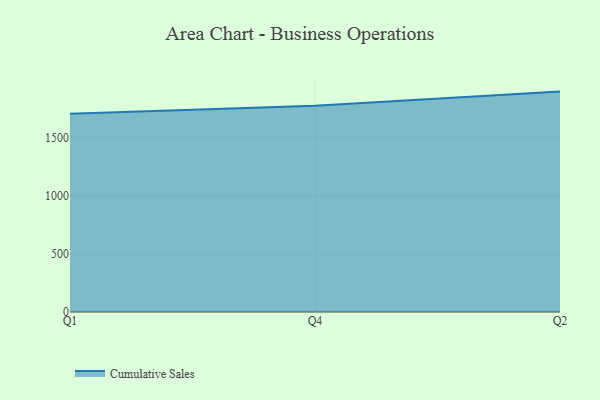
{"axis": {"x": "Quarter", "y": "Latency (ms)"}, "legend": ["Cumulative Sales"], "data": [{"x": "Q1", "y": 1705.1, "type": "Cumulative Sales"}, {"x": "Q4", "y": 1775.1, "type": "Cumulative Sales"}, {"x": "Q2", "y": 1896.5, "type": "Cumulative Sales"}]}